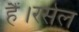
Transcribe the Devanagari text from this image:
हैं।रसेल